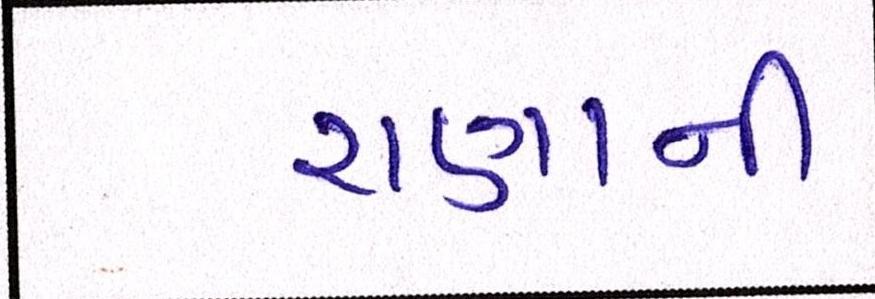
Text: રાણાની